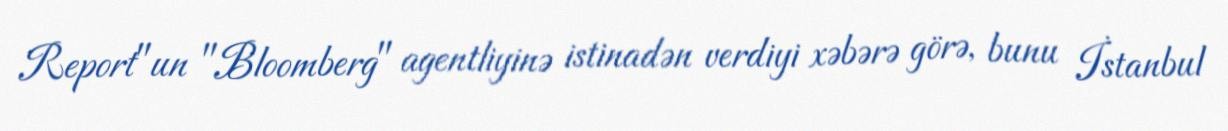
Report"un "Bloomberg" agentliyinə istinadən verdiyi xəbərə görə, bunu İstanbul